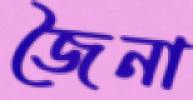
জৈনা